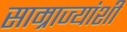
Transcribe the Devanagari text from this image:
साम्राज्यांशी